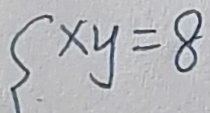
x y = 8